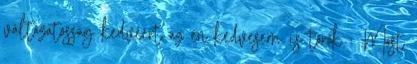
változatosság kedvéért az én kedvesem is török : .Most